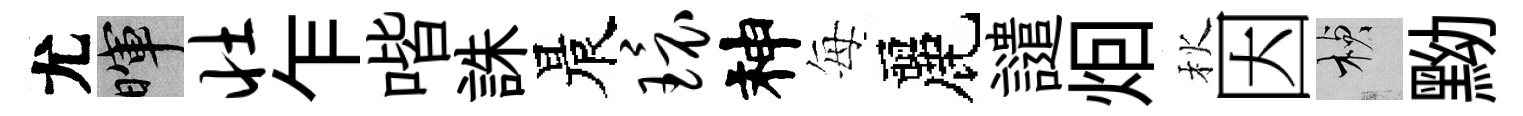
尤暉壮乍喈誅晨环神每麗譴𤇆秋因楨黝